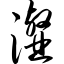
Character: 瀣